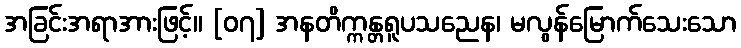
အခြင်းအရာအားဖြင့်။ [၀၇] အနတိက္ကန္တရူပသညေန၊ မလွန်မြောက်သေးသော